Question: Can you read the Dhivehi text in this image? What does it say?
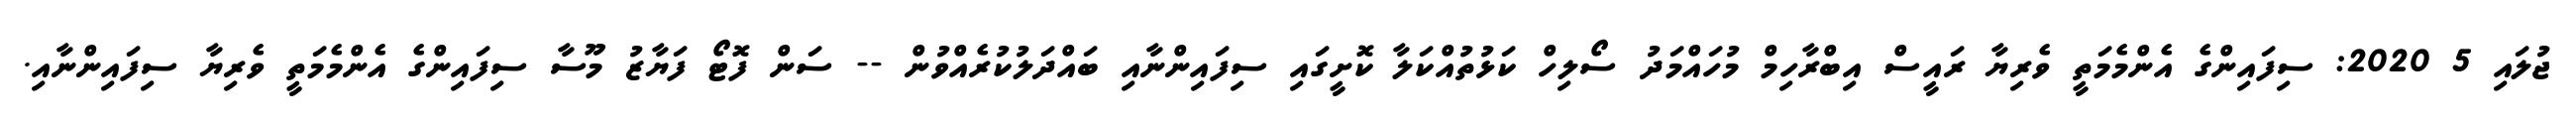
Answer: ޖުލައި 5 2020: ސިފައިންގެ އެންމެމަތީ ވެރިޔާ ރައީސް އިބްރާހިމް މުހައްމަދު ސޯލިހް ކަޅުތުއްކަލާ ކޮށީގައި ސިފައިންނާއި ބައްދަލުކުރެއްވުން -- ސަން ފޮޓޯ ފަޔާޒު މޫސާ ސިފައިންގެ އެންމެމަތީ ވެރިޔާ ސިފައިންނާއި.